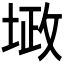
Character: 𪣴